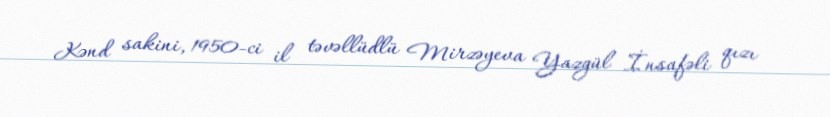
Kənd sakini, 1950-ci il təvəllüdlü Mirzəyeva Yazgül İnsafəli qızı